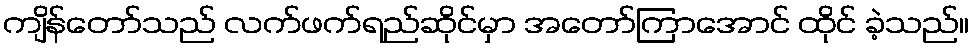
ကျိန်တော်သည် လက်ဖက်ရည်ဆိုင်မှာ အတော်ကြာအောင် ထိုင် ခဲ့သည်။